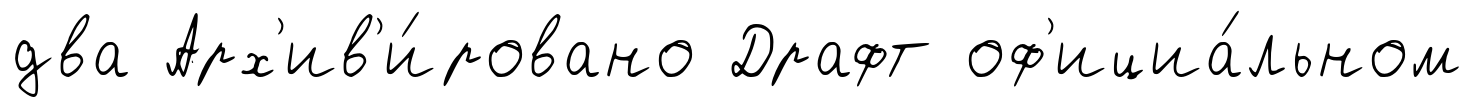
два Арх'ив'и́ровано Драфт оф'ициа́льном